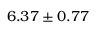
6 . 3 7 \pm 0 . 7 7